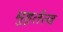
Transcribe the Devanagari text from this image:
मुहूर्तत्व